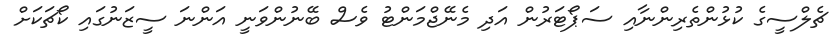
ޗެލްސީގެ ކުޅުންތެރިންނާއި ސަޕޯޓަރުން އަދި މެނޭޖްމަންޓު ވެސް ބޭނުންވަނީ އަންނަ ސީޒަނުގައި ކޯޗަކަށް